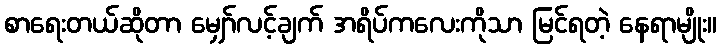
စာရေးတယ်ဆိုတာ မျှော်လင့်ချက် အရိပ်ကလေးကိုသာ မြင်ရတဲ့ နေရာမျိုး။